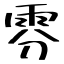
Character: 雰